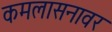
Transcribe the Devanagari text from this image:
कमलासनावर